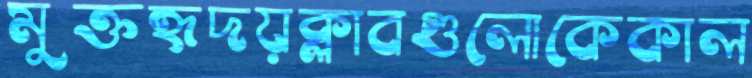
মুক্তহৃদয়ক্লাবগুলোকেকাল